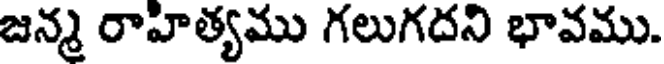
జన్మ రాహిత్యము గలుగదని భావము.